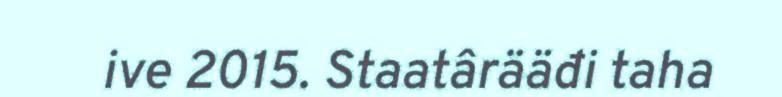
ive 2015. Staatârääđi taha